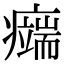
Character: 𤻨